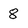
Character: 8